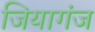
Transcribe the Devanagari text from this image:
जियागंज